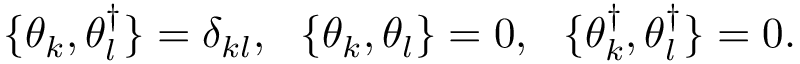
\{ \theta _ { k } , \theta _ { l } ^ { \dagger } \} = \delta _ { k l } , \ \ \{ \theta _ { k } , \theta _ { l } \} = 0 , \ \ \{ \theta _ { k } ^ { \dagger } , \theta _ { l } ^ { \dagger } \} = 0 .